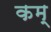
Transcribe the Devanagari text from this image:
कम्‌